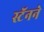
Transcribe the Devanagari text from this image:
स्टॅनने